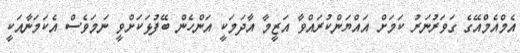
އެމްއެމްއޭގެ ގަވަރުނަރު ކަމަށް އައްޔަންކުރައްވާ އަޒީމާ އާދަމަކީ އަންހެން ބޭފުޅަކަށްވީ ނަމަވެސް އެކަމަނާއަކީ